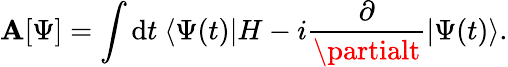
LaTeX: \mathbf{A}[\Psi]=\int\mathrm{{d}}t\ \langle\Psi(t)|H-i{\frac{{\partial}}{{\partialt}}}|\Psi(t)\rangle.